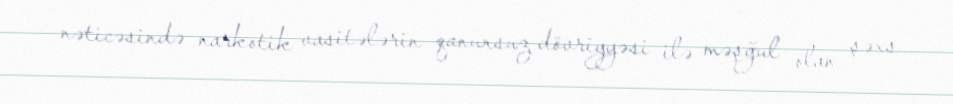
nəticəsində narkotik vasitələrin qanunsuz dövriyyəsi ilə məşğul olan şəxs